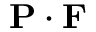
{ \mathbf { P } } \cdot { \mathbf { F } }